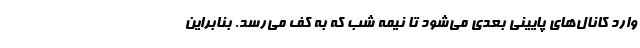
وارد کانال‌های پایینی بعدی می‌شود تا نیمه شب که به کف می‌رسد. بنابراین